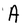
Character: A